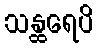
သန္ထရေပိ